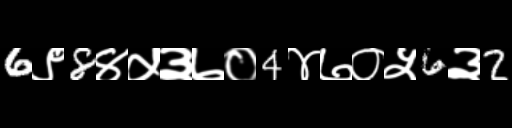
Text: 6९8४५३७०4४७०५6३2